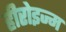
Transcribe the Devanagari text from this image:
हीरोइज्म